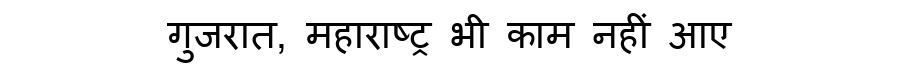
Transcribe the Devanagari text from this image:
गुजरात, महाराष्ट्र भी काम नहीं आए